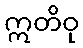
ဣတိဝု